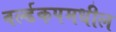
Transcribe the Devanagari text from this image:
वर्ल्डकपमधील